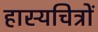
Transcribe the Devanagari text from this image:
हास्यचित्रों